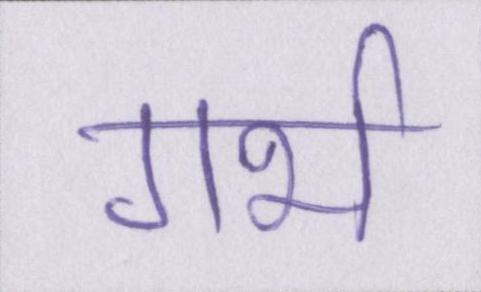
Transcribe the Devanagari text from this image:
गर्भ